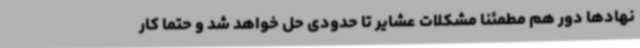
نهادها دور هم مطمئناً مشکلات عشایر تا حدودی حل خواهد شد و حتماً کار